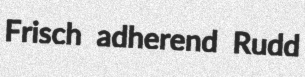
Frisch adherend Rudd